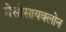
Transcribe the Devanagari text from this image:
मेसोसायक्लोन